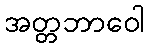
အတ္တဘာဝေါ